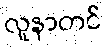
လူနာတင်